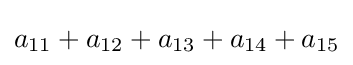
a_{11}+a_{12}+a_{13}+a_{14}+a_{15}